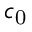
c _ { \mathrm { 0 } }